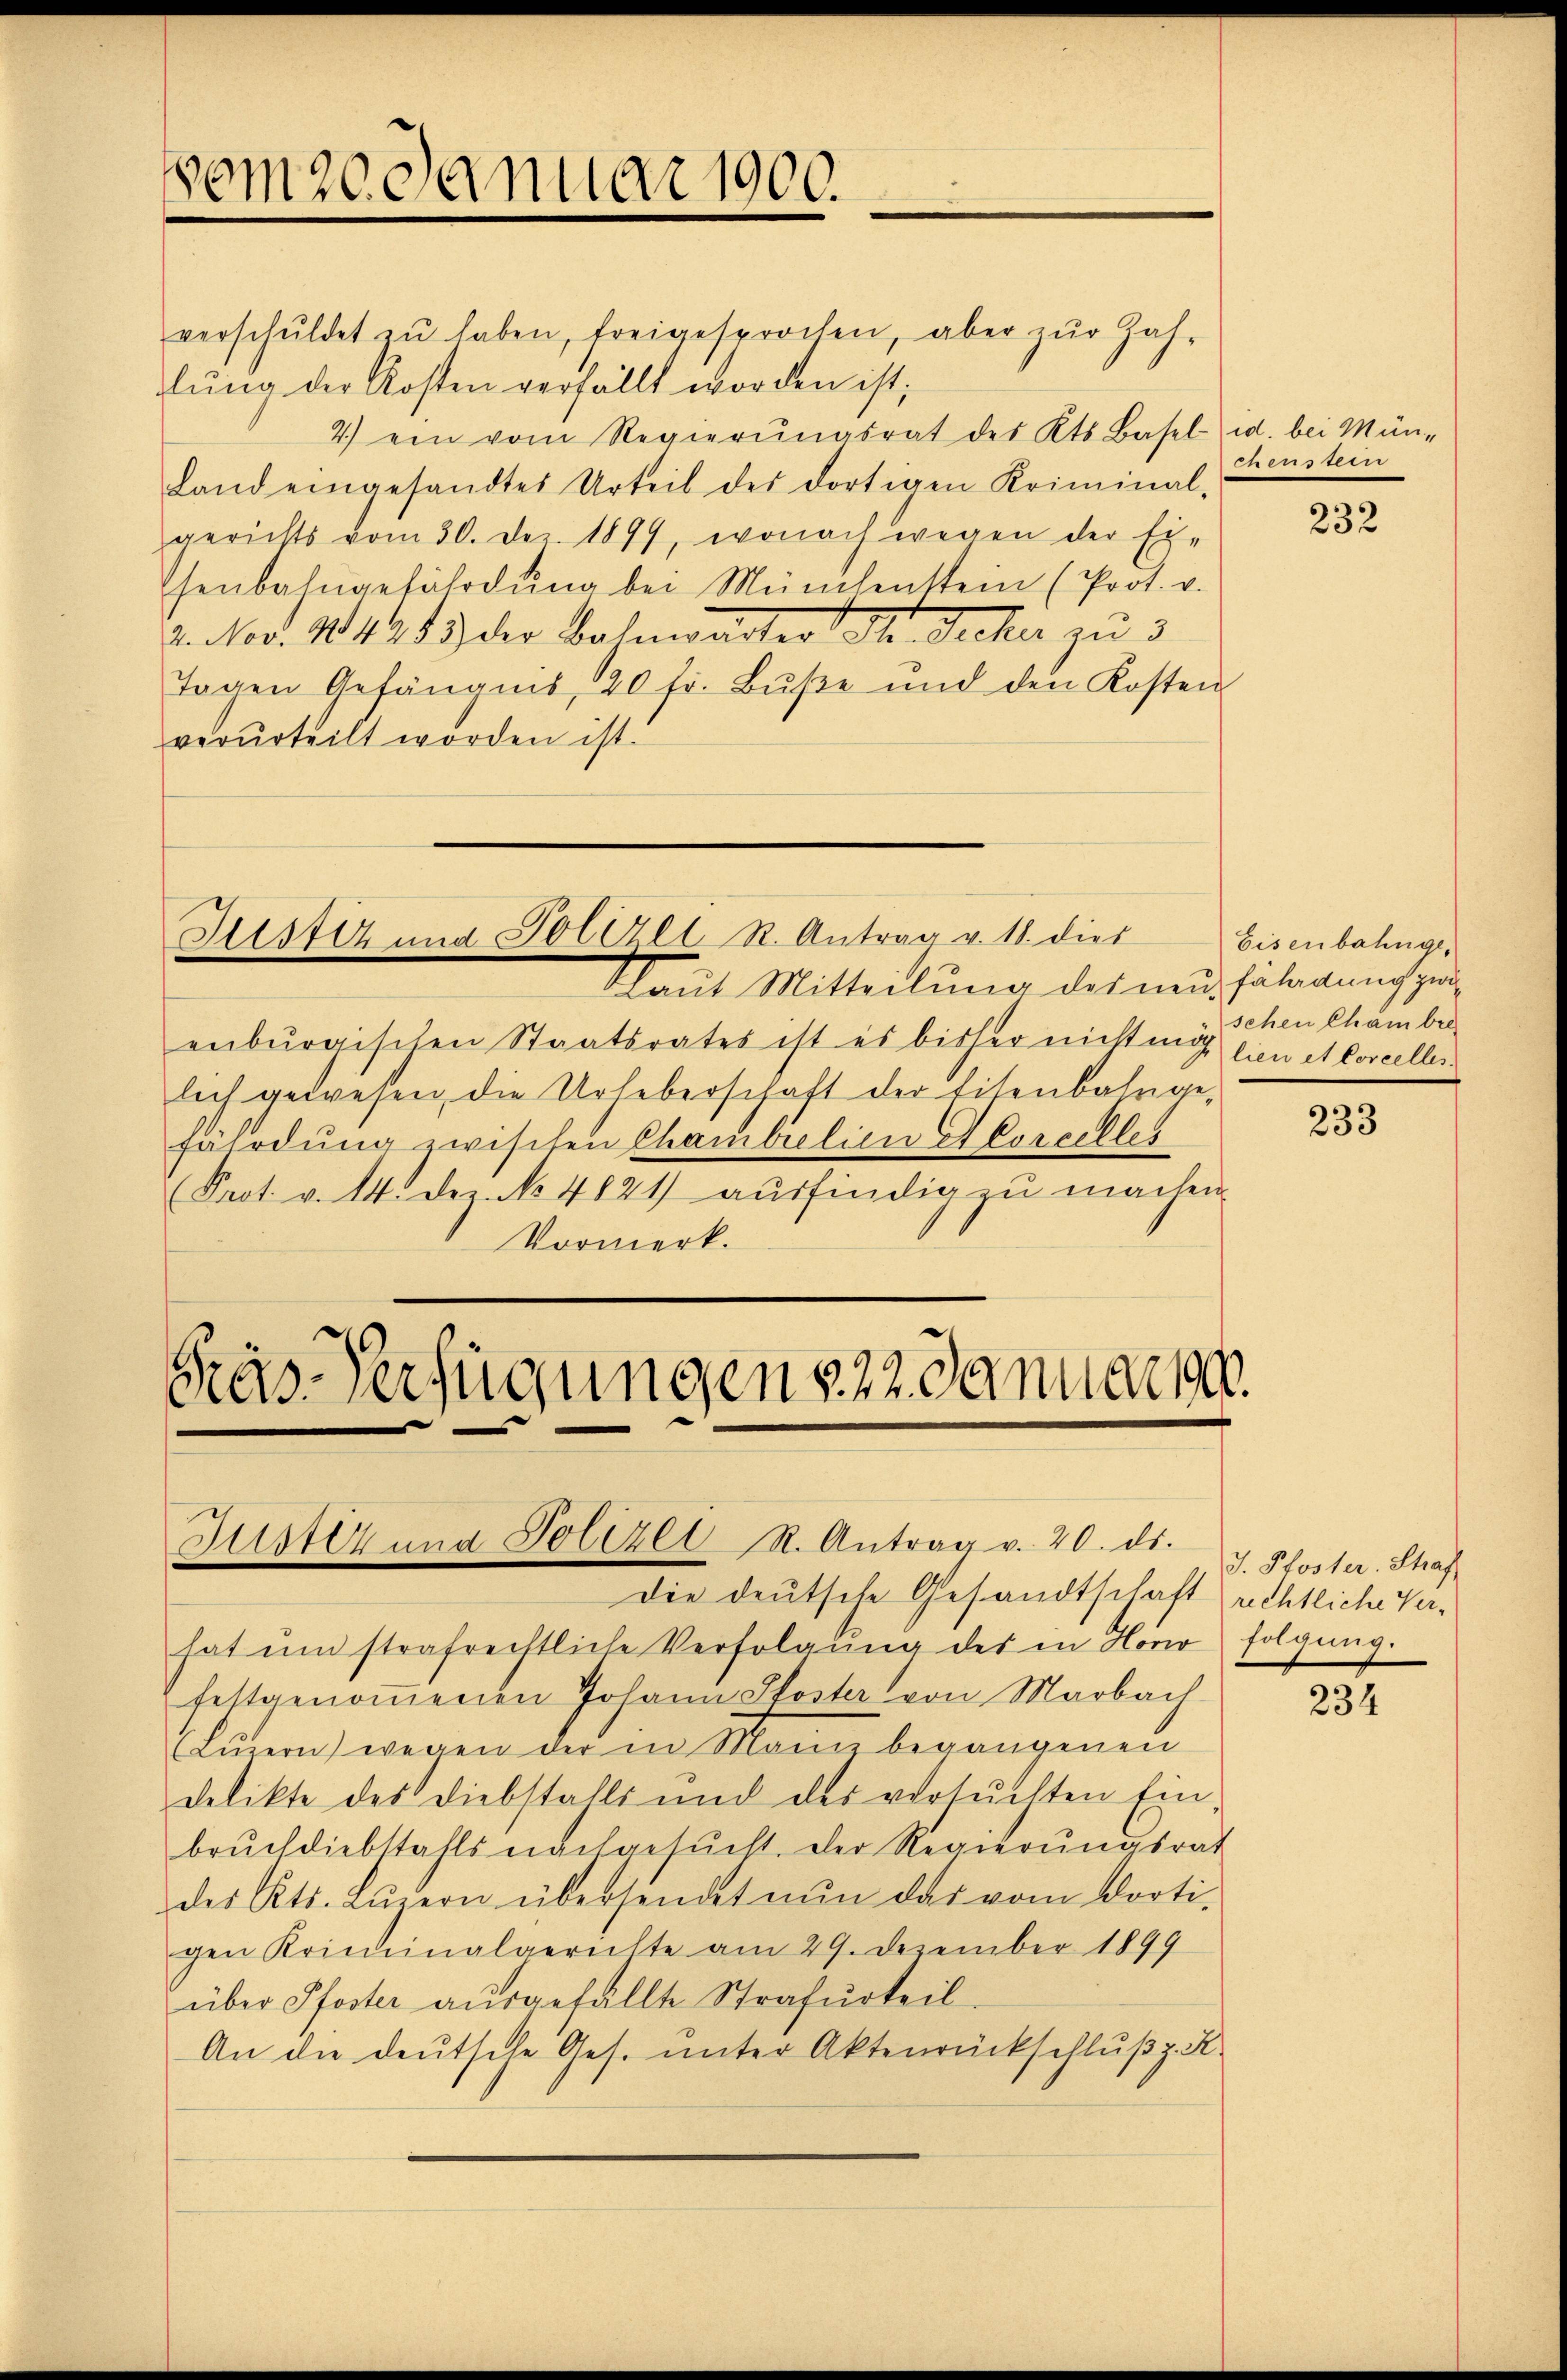
vom 20. Januar 1900.

verschŭldet zŭ haben, freigesprochen, aber zŭr Zah-
dlung der Kosten verfällt worden ist;
4.) ein vom Regierŭngsrat des Kts. Basel u. bei Mün-
Land eingesandtes Urteil des dortigen Kriminal-
gerichts vom 30. Dez. 1899, wonach wegen der Ei-
senbahngefährdŭng bei Münchenstein (Prot. v.
2. Nov. 1842 43) der Bahnwarter I. Secker zu 3
Tagen Gefängnis, 20 fr. Bŭβe und den Kosten
verurteilt worden ist.

Alste und Polizll R. Antrag v. 18. dies

Gräs-Verfügungen 222. Januar ge

Justiz und Polizei R. Antrag v. 20. ds.

laut Mitteilung des neu, Fälagung zur
enburgischen Staatsrates ist es bisher nicht mich lien et Concellei
lich gewesen, die Urheberschaft der Eisenbahngefährdung zwischen Chambiclien ACorcelles
Prot. v. 14. Dez. No 4821 aŭsfindig zu machen.
Vormerk.

die deutsche Gesandtschaft rechtliche Ver-
hat um strafrechtliche Verfolgŭng des in Hono
fettgenoṁenen Johann Pfoster von Marbach
Lŭzern) wegen der in Mann begangenen
delikte des Diebstalls und des versuchten Ein
brŭchdiebstahls nachgesŭcht. Der Regierŭngsrat
des Kts. Lŭzern übersendet nŭn das vom dorti-
gen Kriminalgerichte am 29. Dezember 1899
über Pfoster aŭsgefällte Strafurteil.
An die deutsche Ges. unter Aktenrückschlŭβ z. K.

ee 132

Eisenbahngeschen Chambre

232

233

J. Pfoster. Straf
folgung.

234